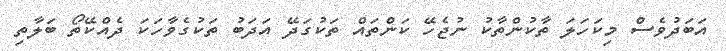
އަބަދުވެސް މިކަހަލަ ތާކުންތާކު ނުޖެހޭ ކަންތައް ތަކުގަދޭ އަދަބު ތަކުގެވާހަކަ ދެއްކޭތޯ ބަލާތި